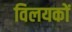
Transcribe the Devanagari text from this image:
विलयकों